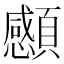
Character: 䫲